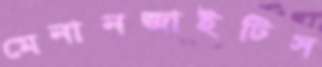
মেনানজাইটিস